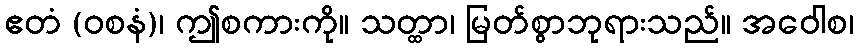
ဧတံ (ဝစနံ)၊ ဤစကားကို။ သတ္ထာ၊ မြတ်စွာဘုရားသည်။ အဝေါစ၊